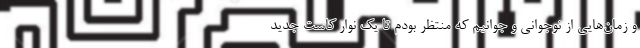
و زمان‌هایی از نوجوانی و جوانیم که منتظر بودم تا یک نوار کاست جدید